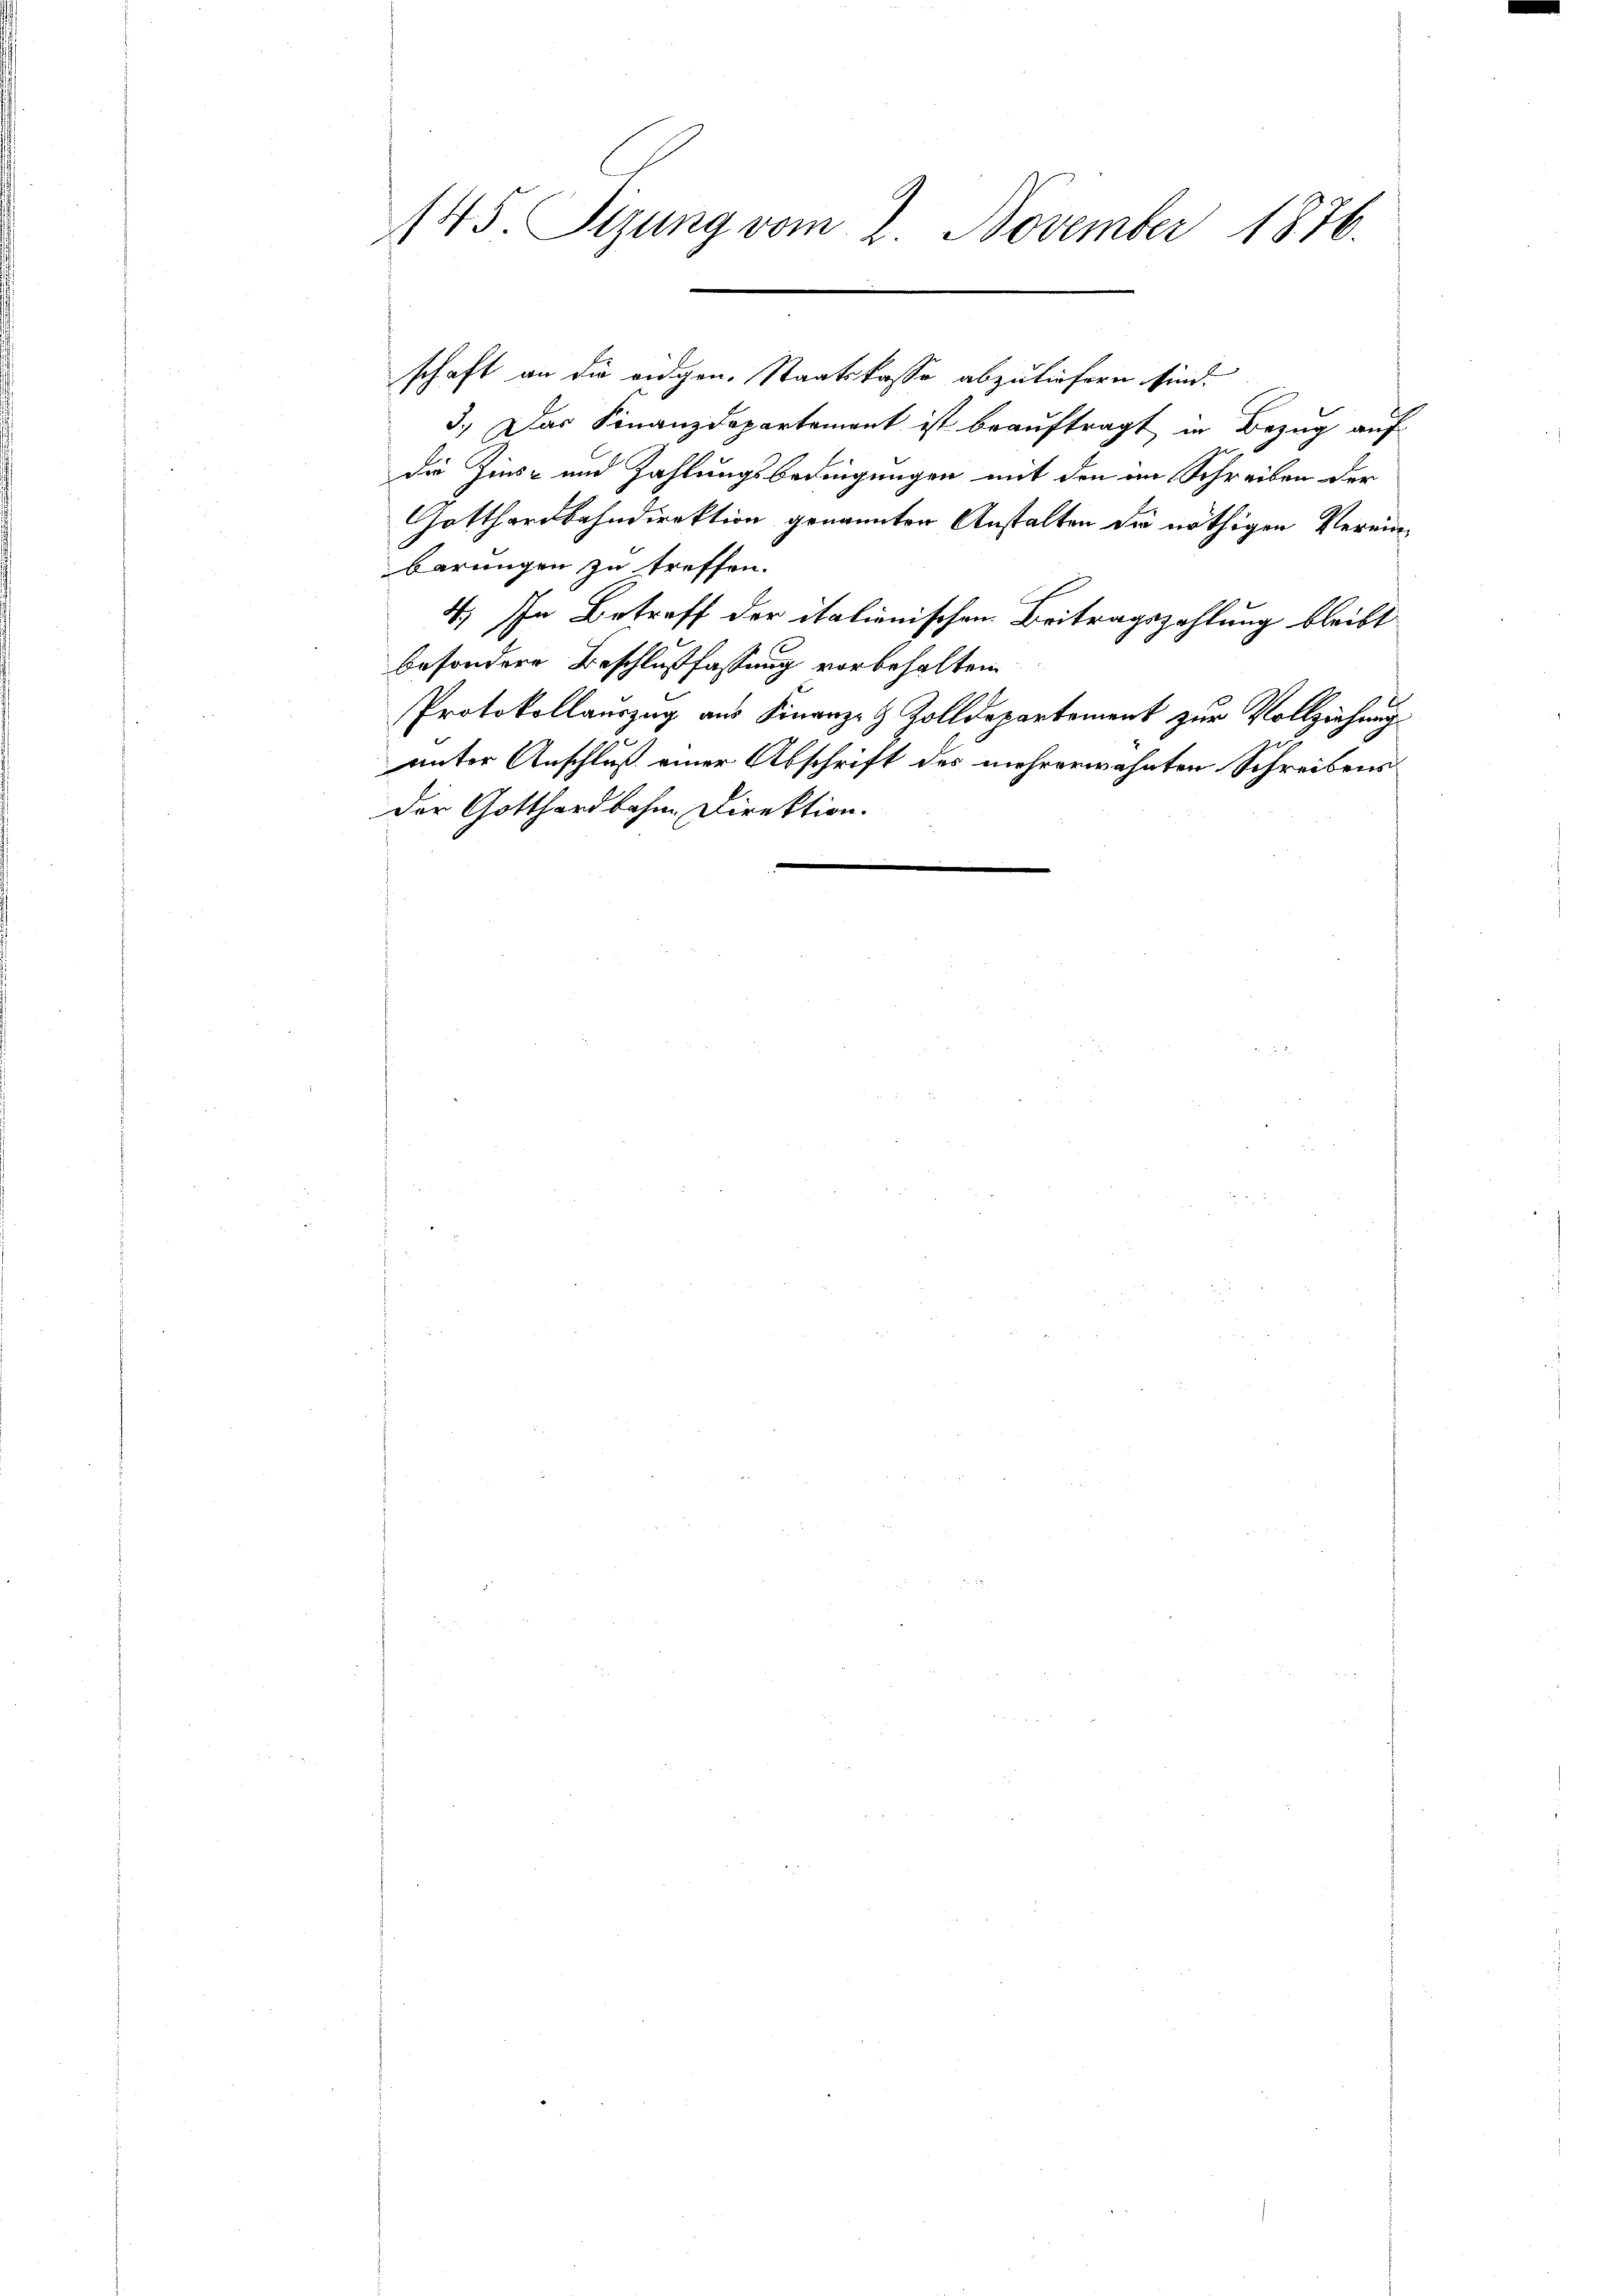
145. Sizung vom 2. November 1876.

schaft an die eidgen. Staatskasse abzuliefern sind.
3.) Das Finanzdepartement ist beauftragt in Bezug auf
die Zins- und Zahlungsbedingungen mit den im Schreiben der
Gotthardbahndirektion genannten Anstalten die nöthigen Vereinbarungen zu treffen.
4.) In Betreff der italienischen Beitragszahlung bleibt
besondere Beschlußfassung vorbehalten.
6
Protokollauszug aus Finanz- & Zolldepartement zur Vollziehung
unter Anschluß einer Abschrift des mehrerwähnten Schreibens
der Gotthardbahne Direktion.